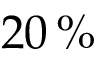
2 0 \, \%